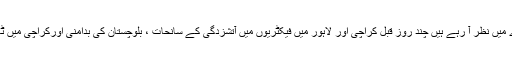
امریکی مداخلت بڑھنے کے نتائج پاکستان پر عسکری ،معاشی، تہذیبی ،سیاسی ہر ہر دائرے میں نظر آ رہے ہیں چند روز قبل کراچی اور لاہور میں فیکٹریوں میں آتشزدگی کے سانحات ، بلوچستان کی بدامنی اورکراچی میں ٹارگٹ کلنگ اور بھتہ خوری کے واقعات صورت حال کی سنگینی کی نشاندہی کررہے ہیں ۔